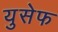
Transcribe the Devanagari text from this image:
युसेफ